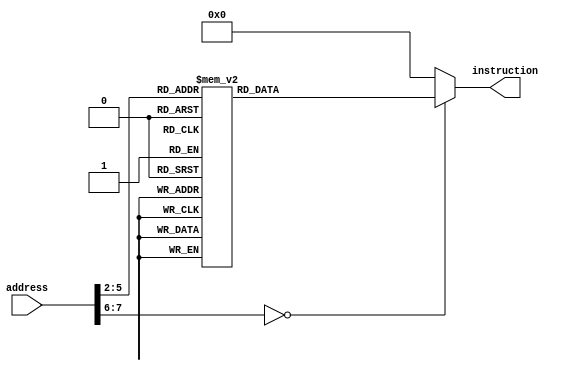
`timescale 1ns / 1ps

`define FILES_INCLUDED

//module InstructionMem(
//    output [31:0] instruction,
//    input [31:0] address
//    );    
//    reg [31:0] instrmem [1023:0];
//    assign instruction = instrmem[address[31:2]];

//    initial begin
//        $readmemb("instr.txt", instrmem);
//    end
//endmodule


module InstructionMem(
    output reg [31:0] instruction,
    input [31:0] address
    );    
    wire [5:0] shaddr;
    assign shaddr = address[7:2];
    // reg [31:0] instrmem [1023:0];
    // assign instruction = instrmem[address[31:2]];
    always @(*) begin
        case (shaddr)
            6'b000000: instruction <= 32'b00000000000000000000000000010011;
            6'b000001: instruction <= 32'b00000000000000000001000010110111;
            6'b000010: instruction <= 32'b00000000000000001010000110000011;
            6'b000011: instruction <= 32'b11100000000000000000000100010011;
            6'b000100: instruction <= 32'b00000001000000011101001000010011;
            6'b000101: instruction <= 32'b00000000001000100110001010110011;
            6'b000110: instruction <= 32'b00000000010100001010000000100011;
            6'b000111: instruction <= 32'b11111110010111111111000001101111;
            6'b001000: instruction <= 32'b00000000000000001010000000100011;
            6'b001001: instruction <= 32'b00000000000000000000000000010011;
            6'b001010: instruction <= 32'b00000000000000000000000000010011;
            6'b001011: instruction <= 32'b00000010001000001100000110110011;
            default: instruction <= 32'b00000000000000000000000000000000;

        endcase 
    end
endmodule